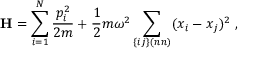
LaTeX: \mathbf { H } = \sum _ { i = 1 } ^ { N } { \frac { p _ { i } ^ { 2 } } { 2 m } } + { \frac { 1 } { 2 } } m \omega ^ { 2 } \sum _ { \{ i j \} ( n n ) } ( x _ { i } - x _ { j } ) ^ { 2 } ~ ,